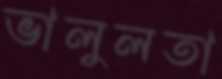
ভালুলতা